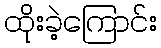
ထိုးခဲ့ကြောင်း